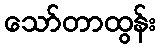
သော်တာထွန်း